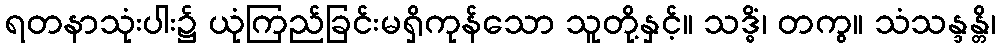
ရတနာသုံးပါး၌ ယုံကြည်ခြင်းမရှိကုန်သော သူတို့နှင့်။ သဒ္ဓိံ၊ တကွ။ သံသန္ဒန္တိ၊